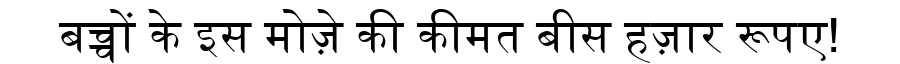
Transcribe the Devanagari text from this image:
बच्चों के इस मोज़े की कीमत बीस हज़ार रूपए!